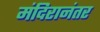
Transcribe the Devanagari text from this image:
मंदिरानंतर